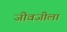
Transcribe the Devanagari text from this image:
जीवजीला